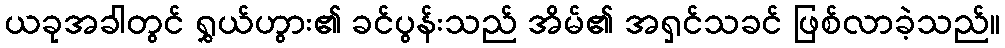
ယခုအခါတွင် ရွှယ်ဟွား၏ ခင်ပွန်းသည် အိမ်၏ အရှင်သခင် ဖြစ်လာခဲ့သည်။